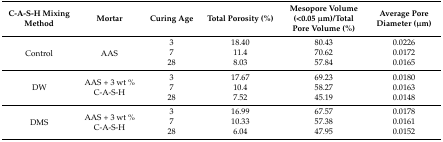
| C-A-S-H Mixing Method | Mortar | Curing Age | Total Porosity (%) | Mesopore Volume (<0.05 μm)/Total Pore Volume (%) | Average Pore Diameter (μm) |
 | --- | --- | --- | --- | --- | --- |
 | <ROWSPAN=3> Control | <ROWSPAN=3> AAS | 3 | 18.40 | 80.43 | 0.0226 |
 | 7 | 11.4 | 70.62 | 0.0172 |
 | 28 | 8.03 | 57.84 | 0.0165 |
 | <ROWSPAN=3> DW | <ROWSPAN=3> AAS + 3 wt % C-A-S-H | 3 | 17.67 | 69.23 | 0.0180 |
 | 7 | 10.4 | 58.27 | 0.0163 |
 | 28 | 7.52 | 45.19 | 0.0148 |
 | <ROWSPAN=3> DMS | <ROWSPAN=3> AAS + 3 wt % C-A-S-H | 3 | 16.99 | 67.57 | 0.0178 |
 | 7 | 10.33 | 57.38 | 0.0161 |
 | 28 | 6.04 | 47.95 | 0.0152 |